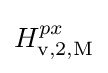
H_{\rm {v,2,M}}^{px}